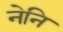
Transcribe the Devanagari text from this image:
नेनि